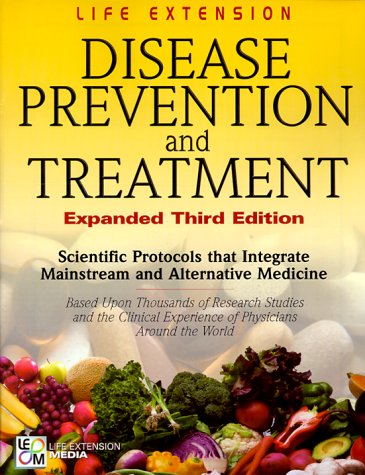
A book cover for Disease Prevention and Treatment; Life Extension Foundation; Health, Fitness & Dieting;